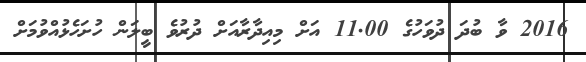
2016 ވާ ބުދަ ދުވަހުގެ 11.00 އަށް މިއިދާރާއަށް ދުރުވެ ބީލަން ހުށަހެޅުއްވުމަށް